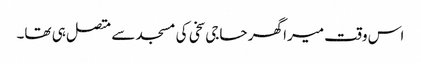
اس وقت میرا گھر حاجی سخی کی مسجد سے متصل ہی تھا۔